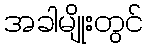
အခါမျိုးတွင်